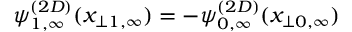
\psi _ { 1 , \infty } ^ { ( 2 D ) } ( x _ { \perp 1 , \infty } ) = - \psi _ { 0 , \infty } ^ { ( 2 D ) } ( x _ { \perp 0 , \infty } )